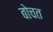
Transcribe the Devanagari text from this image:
बोचत